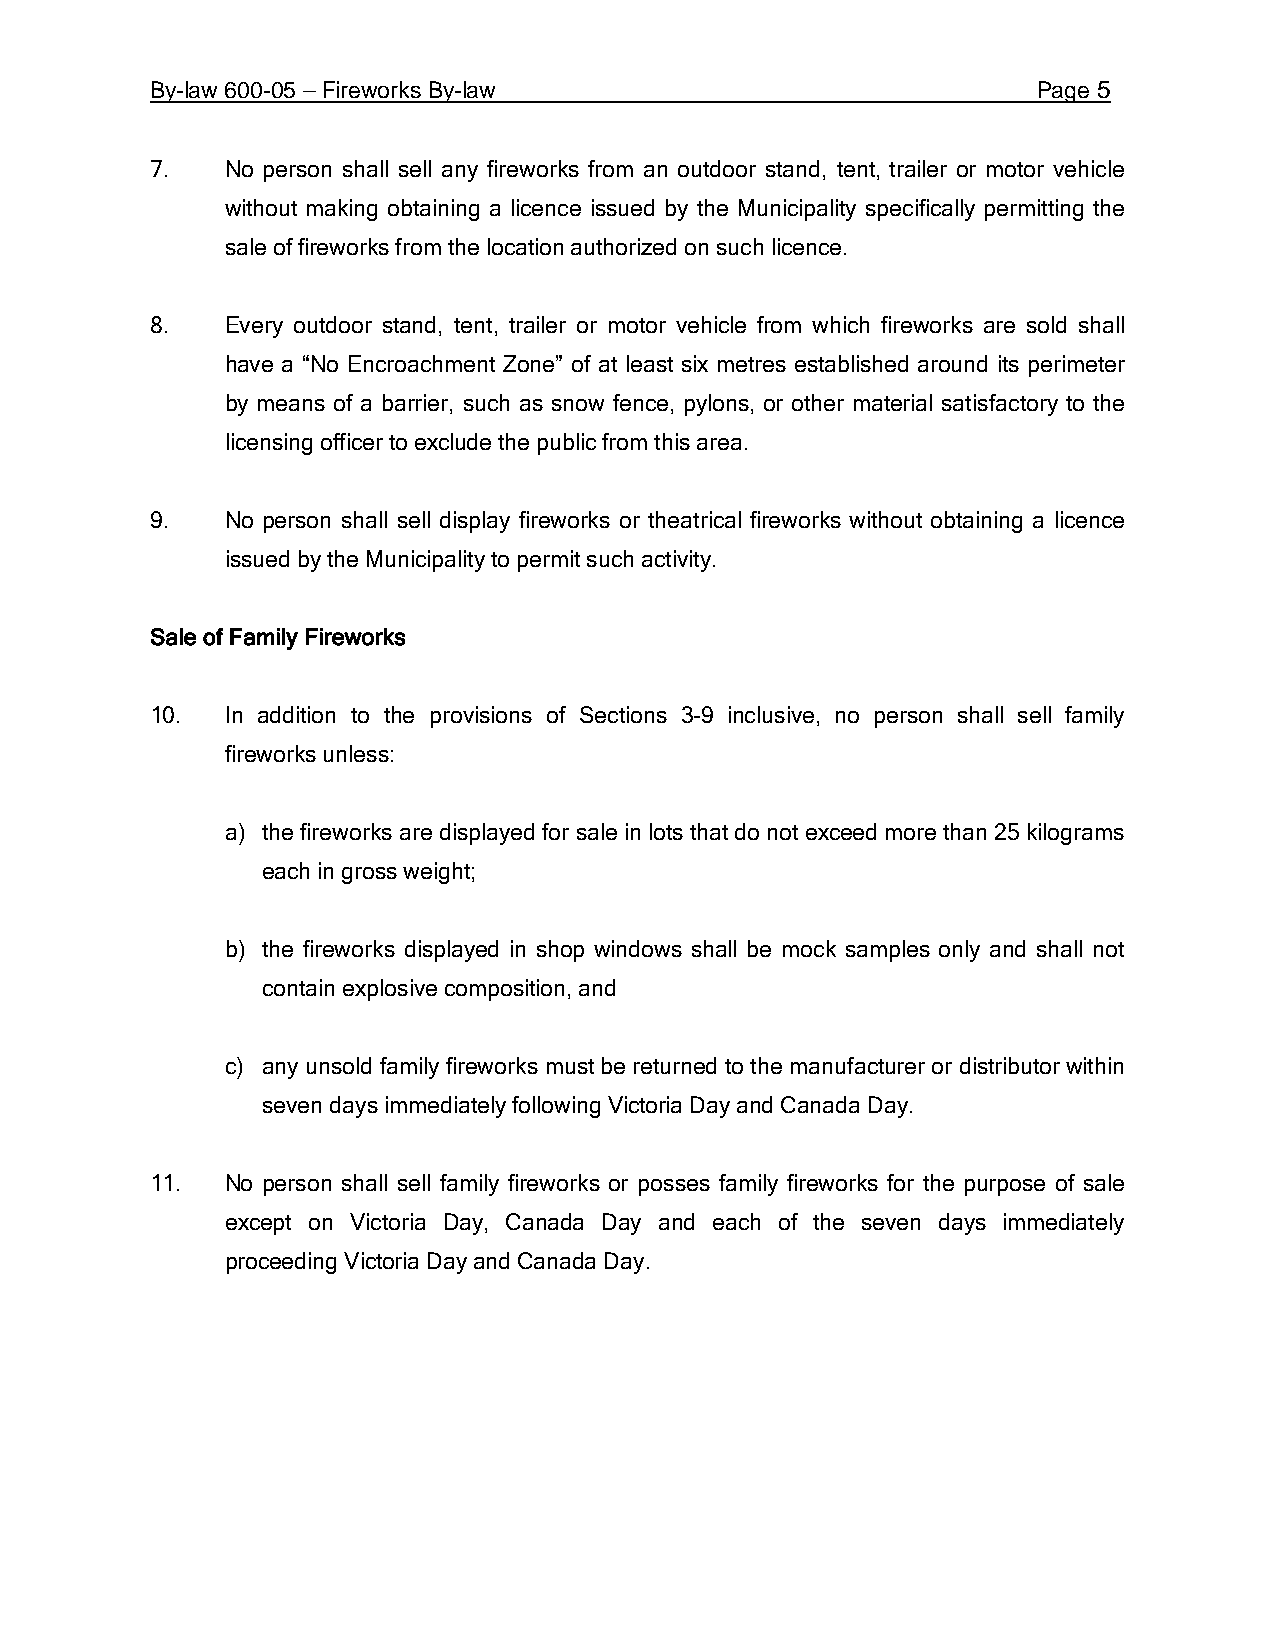
By-law 600-05 – Fireworks By-law                           Page 5
 7.   No person shall sell any fireworks from an outdoor stand, tent, trailer or motor vehicle
 without making obtaining a licence issued by the Municipality specifically permitting the
 sale of fireworks from the location authorized on such licence.
 8.   Every outdoor stand, tent, trailer or motor vehicle from which fireworks are sold shall
 have a “No Encroachment Zone” of at least six metres established around its perimeter
 by means of a barrier, such as snow fence, pylons, or other material satisfactory to the
 licensing officer to exclude the public from this area.
 9.   No person shall sell display fireworks or theatrical fireworks without obtaining a licence
 issued by the Municipality to permit such activity.
 Sale of Family Fireworks
 10.  In addition to the provisions of Sections 3-9 inclusive, no person shall sell family
 fireworks unless:
 a) the fireworks are displayed for sale in lots that do not exceed more than 25 kilograms
 each in gross weight;
 b) the fireworks displayed in shop windows shall be mock samples only and shall not
 contain explosive composition, and
 c) any unsold family fireworks must be returned to the manufacturer or distributor within
 seven days immediately following Victoria Day and Canada Day.
 11.  No person shall sell family fireworks or posses family fireworks for the purpose of sale
 except on Victoria Day, Canada Day and each of the seven days immediately
 proceeding Victoria Day and Canada Day.